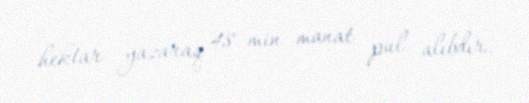
hektar yazaraq 48 min manat pul alıbdır.